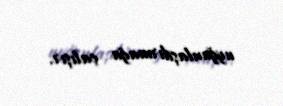
uyğunlaşdırmağa çalışır.